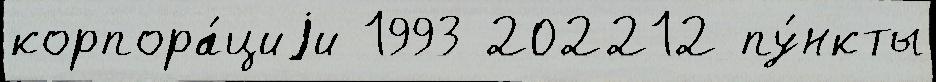
корпора́циjи 1993 202212 пу́нкты